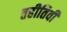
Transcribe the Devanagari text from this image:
तहीतिवी